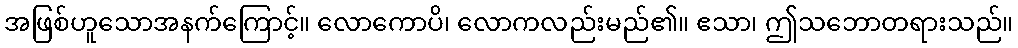
အဖြစ်ဟူသောအနက်ကြောင့်။ လောကောပိ၊ လောကလည်းမည်၏။ ဧသာ၊ ဤသဘောတရားသည်။